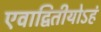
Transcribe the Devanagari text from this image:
एवाद्वितीयोऽहं